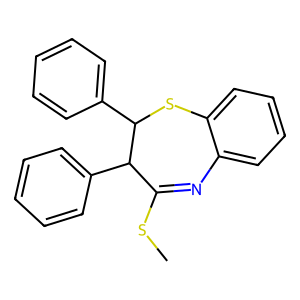
SMILES: CSC1=Nc2ccccc2SC(c2ccccc2)C1c1ccccc1
Inhibits HIV replication: No